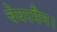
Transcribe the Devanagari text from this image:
चेयरमैन।